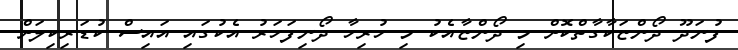
ފުނަދޫ ދޯންޏަކާގާތްކޮށް މި ދޯންޏާއެކު މި ހުރިހާ ދޯނިފަހަރު އެކުގައި އައިސް ކުޑަރިކިލަށް